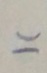
75 x 75